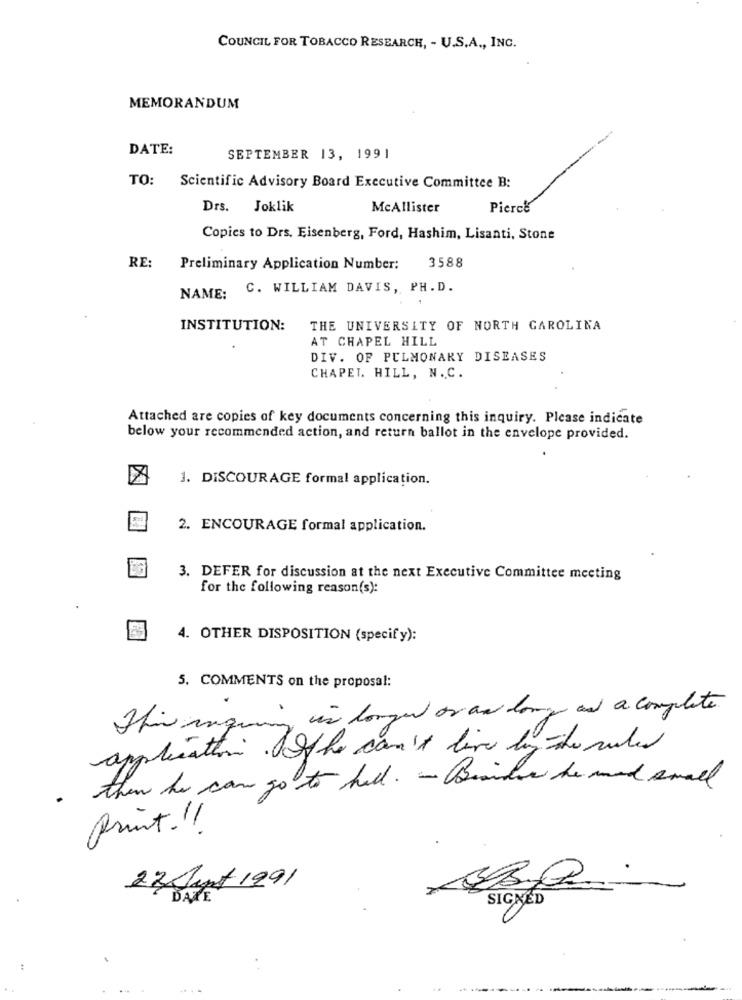
COUNCIL FOR TOBACCO RESEARCH, - U.S.A ., INC.
MEMORANDUM
DATE:
SEPTEMBER 13, 1991
TO: Scientific Advisory Board Executive Committee B:
Drs. Joklik
McAllister
Pierce
Copics to Drs. Eisenberg, Ford, Hashim, Lisanti, Stone
3588
RE:
Preliminary Application Number:
C. WILLIAM DAVIS, PH.D.
NAME:
INSTITUTION:
THE UNIVERSITY OF NORTH CAROLINA
AT CHAPEL HILL
DIV. OF PULMONARY DISEASES
CHAPEL HILL, N.C.
Attached are copies of key documents concerning this inquiry. Please indicate
below your recommended action, and return ballot in the envelope provided.
1. DISCOURAGE formal application.
2. ENCOURAGE formal application.
3. DEFER for discussion at the next Executive Committee meeting
for the following reason(s):
4. OTHER DISPOSITION (specify):
5. COMMENTS on the proposal:
This maquing in longer or an long and a complete
application of he can't live by the rules
then he can go to hell . - Besides the med small
print .!!
22 Junt 1991
SIGNED
: